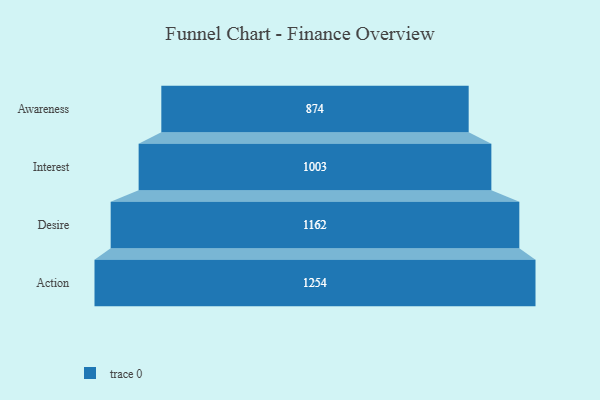
{"axis": {"x": "Stage", "y": "Value"}, "legend": [""], "data": [{"x": "Awareness", "y": 874.0, "type": ""}, {"x": "Interest", "y": 1003.0, "type": ""}, {"x": "Desire", "y": 1162.0, "type": ""}, {"x": "Action", "y": 1254.0, "type": ""}]}